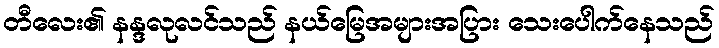
တီလေး၏ နန္ဒလုလင်သည် နယ်မြေအများအပြား သေးပေါက်နေသည်